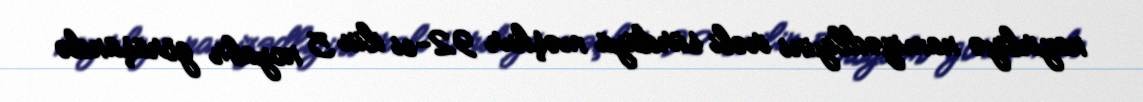
nazirliyə namizədliyini irəli sürdüyü məşhur 92-ci ilin 5 noyabr görüşündə